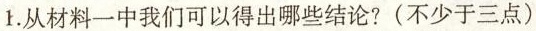
1.从材料一中我们可以得出哪些结论?(不少于三点)